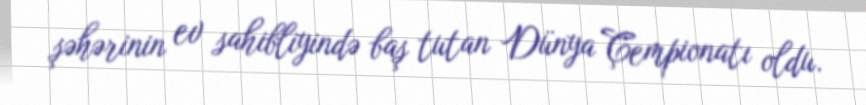
şəhərinin ev sahibliyində baş tutan Dünya Çempionatı oldu.